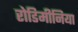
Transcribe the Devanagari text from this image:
रोडिमीनिया